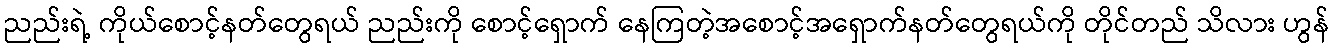
ညည်းရဲ့ ကိုယ်စောင့်နတ်တွေရယ် ညည်းကို စောင့်ရှောက် နေကြတဲ့အစောင့်အရှောက်နတ်တွေရယ်ကို တိုင်တည် သိလား ဟွန်